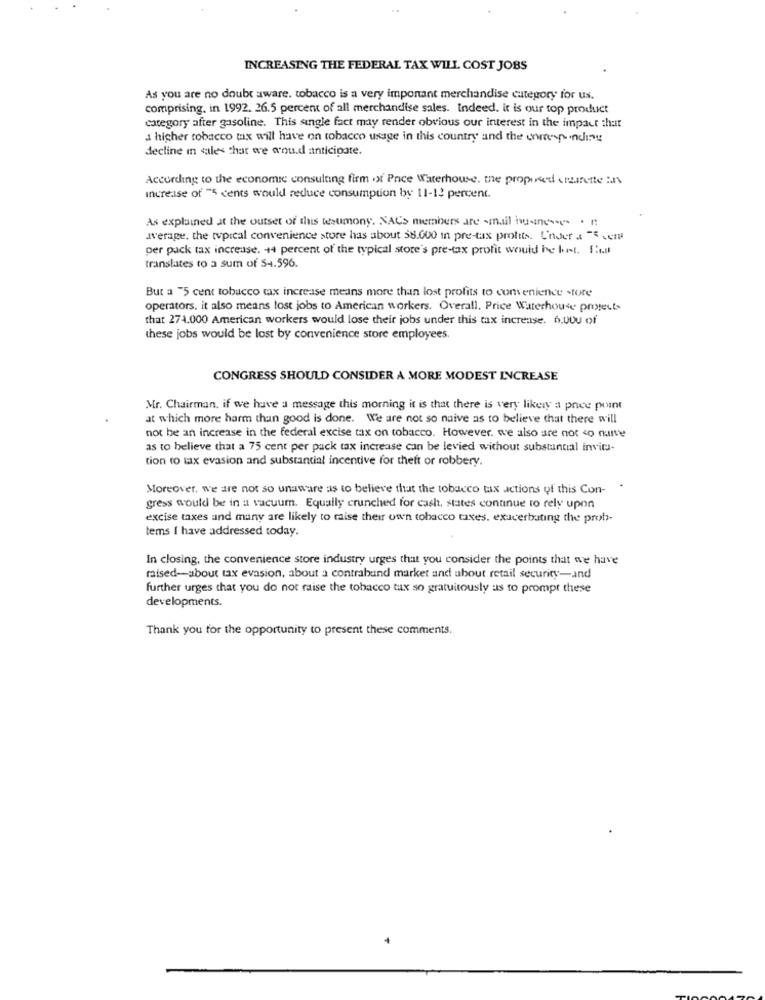
INCREASING THE FEDERAL TAX WILL COST JOBS
As you are no doubt aware. tobacco is a very important merchandise category for us.
comprising. in 1992. 26.5 percent of all merchandise sales. Indeed. it is our top product
category after gasoline. This single fact may render obvious our interest in the impact that
a higher tobacco tax will have on tobacco usage in this country and the unrespondisu
decline in sales that we would anticipate.
According to the economic consulting firm of Price Waterhouse. the proposed cette in
Increase of "5 cents would reduce consumption by 11-12 percent.
As explained at the outset of this testimony. NACs members are -mail businesses .
average, the typical convenience store has about 38.000 in pre-tax profits. Under a "S em
per pack tax increuse. +4 percent of the typical store's pre-tax profit would be bot. I'll
translates to a sum of $4.596.
But a "5 cent tobacco tax increase means more than lost profits to convenience store
operators. it also means lost jobs to American workers. Overall. Price Waterhouse prixtests
that 274.000 American workers would lose their jobs under this tax increase. 6.000 of
these jobs would be lost by convenience store employees.
CONGRESS SHOULD CONSIDER A MORE MODEST INCREASE
Mr. Chairman. if we have a message this morning it is that there is very likely a price point
at which more harm than good is done. We are not so naive as to believe that there will
not be an increase in the federal excise tax on tobacco. However, we also are not <o nurve
as to believe that a 75 cent per pack tax increase can be levied without substantial invita-
tion to tax evasion and substantial incentive for theft or robbery.
Moreover, we are not so unaware as to believe that the tobacco tax actions of this Con-
gress would be in a vacuum. Equally crunched for cash, states continue to rely upon
excise taxes and many are likely to raise their own tobacco taxes. exacerbating the prob-
tems I have addressed today.
In closing, the convenience store industry urges that you consider the points that we have
raised-about tax evasion, about a contraband market and about retail security-and
further urges that you do not raise the tobacco tux so gratuitously us to prompt these
developments.
Thank you for the opportunity to present these comments.